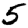
Digit: 5